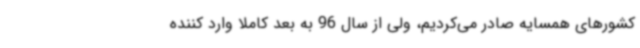
کشورهای همسایه صادر می‌کردیم، ولی از سال 96 به بعد کاملا وارد کننده